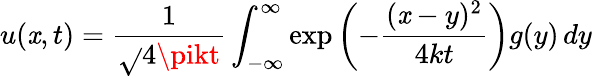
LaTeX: u(\mathit{x},t)={\frac{{1}}{{\sqrt{}{{4\pikt}}}}}\int_{-\infty}^{\infty}\exp\left(-{\frac{{(\mathit{x}-y)^{2}}}{{4kt}}}\right)g(y)\, dy